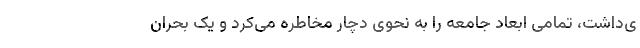
ی‌داشت، تمامی ابعاد جامعه را به نحوی دچار مخاطره می‌کرد و یک بحران